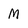
Character: M